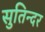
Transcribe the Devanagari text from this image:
सुतिन्दर